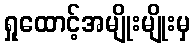
ရှုထောင့်အမျိုးမျိုးမှ